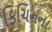
કિચિનના